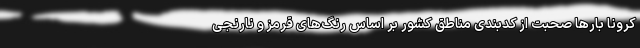
کرونا بارها صحبت از کدبندی مناطق کشور بر اساس رنگ‌های قرمز و نارنجی